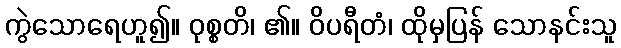
ကွဲသောရေဟူ၍။ ဝုစ္စတိ၊ ၏။ ဝိပရီတံ၊ ထိုမှပြန် သောနင်းသူ